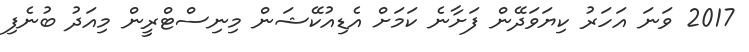
2017 ވަނަ އަހަރު ކިޔަވަދޭން ފަށާނެ ކަމަށް އެޑިއުކޭޝަން މިނިސްޓްރީން މިއަދު ބުނެފި